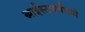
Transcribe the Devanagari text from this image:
ख्राईस्टचर्चमध्ये